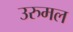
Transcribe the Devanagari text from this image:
उरुमल